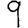
Digit: 9